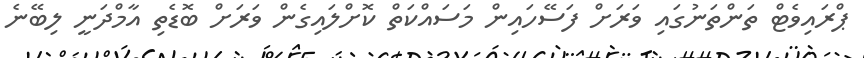
ޕްރައިވެޓް ތަންތަނުގައި ވަރަށް ފަސޭހައިން މަސައްކަތް ކޮށްލައިގެން ވަރަށް ބޮޑެތި އާމްދަނީ ލިބޭނެ